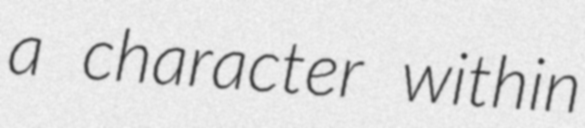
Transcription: a character within